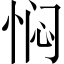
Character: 𫺓